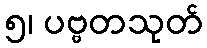
၅၊ ပဗ္ဗတသုတ်